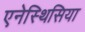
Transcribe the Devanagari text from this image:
एनेस्थिसिया